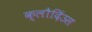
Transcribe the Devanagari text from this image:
क्लौदिंउस